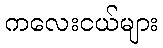
ကလေးငယ်များ